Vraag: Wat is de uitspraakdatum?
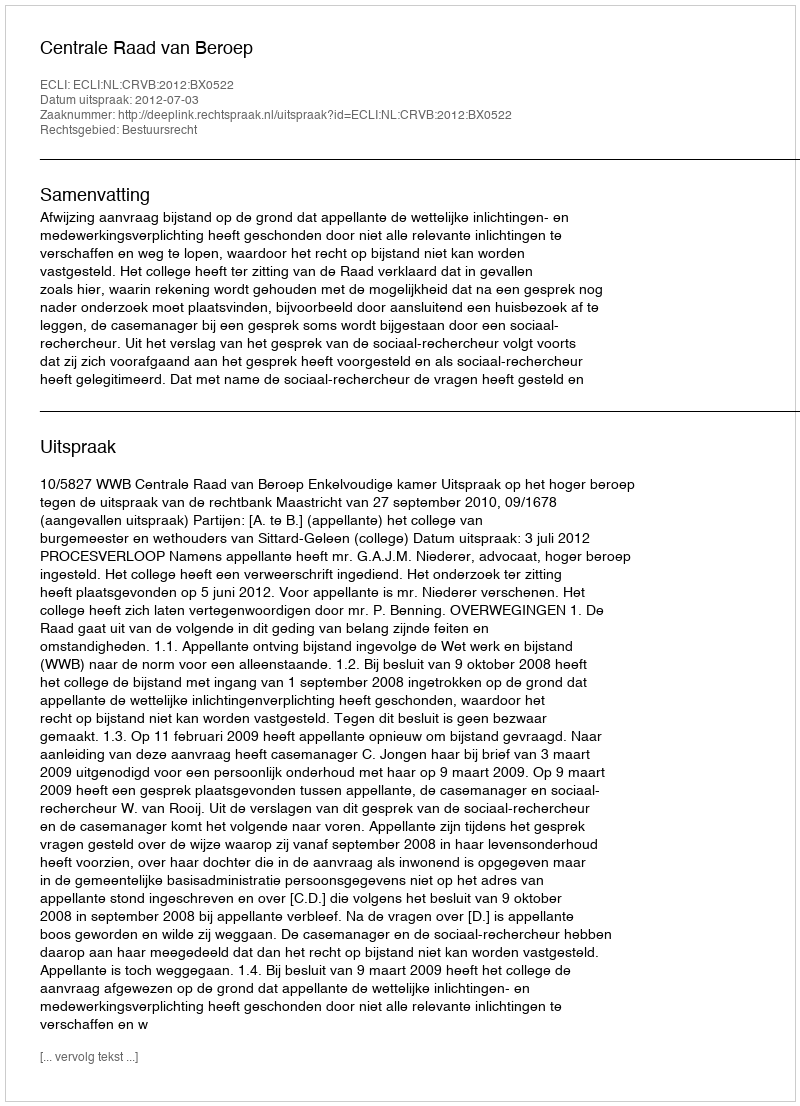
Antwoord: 2012-07-03